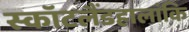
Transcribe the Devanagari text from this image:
स्कॉटलैंडहालांकि